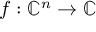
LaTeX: f : \mathbb { C } ^ { n } \to \mathbb { C }